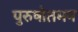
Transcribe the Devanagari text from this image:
पुरुषोतमन